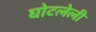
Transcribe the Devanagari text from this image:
घोटलेली